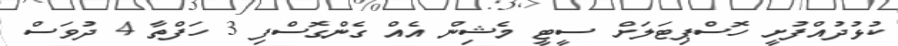
ކުޅުދުއްފުށީ ހޮސްޕިޓަލަށް ސީޓީ މެޝިން އެއް ގެންގޮސްފި 3 ހަފްތާ 4 ދުވަސް